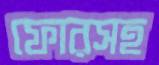
ফোরসহ